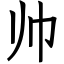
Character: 帅